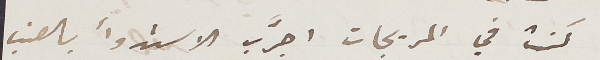
كنت في المريجات اجرَّب الاستدوأ بالعنب